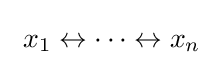
~x_{1}\leftrightarrow \cdots \leftrightarrow x_{n}